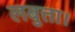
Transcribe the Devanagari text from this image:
लबुत्ता।